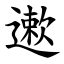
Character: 遬